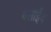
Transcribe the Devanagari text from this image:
क्लाईव